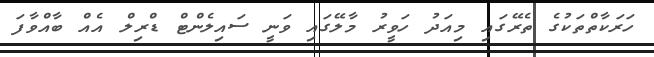
ހަރަކާތްތަކުގެ ތެރޭގައި މިއަދު ހަވީރު މާލޭގައި ވަނީ ސައިލެންޓް ޑްރިލް އެއް ބާއްވާފަ